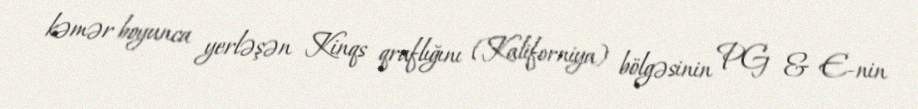
kəmər boyunca yerləşən Kinqs qraflığını (Kaliforniya) bölgəsinin PG & E-nin